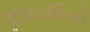
સૂરાવલિનો